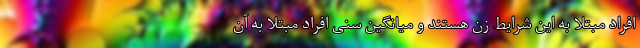
افراد مبتلا به این شرایط زن هستند و میانگین سنی افراد مبتلا به آن